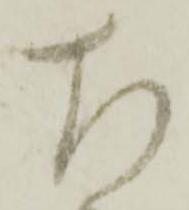
左